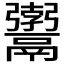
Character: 𩱚